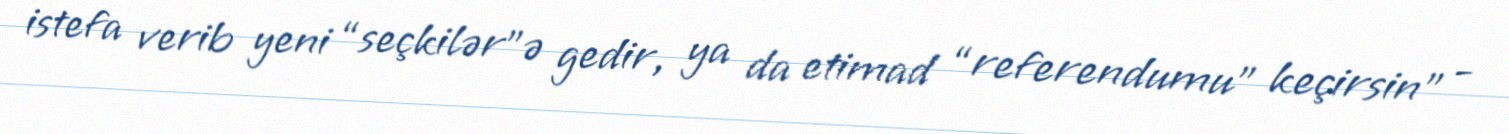
istefa verib yeni “seçkilər”ə gedir, ya da etimad “referendumu” keçirsin" -